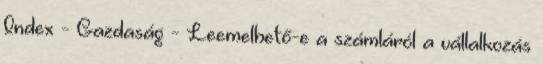
Index - Gazdaság - Leemelhető-e a számláról a vállalkozás